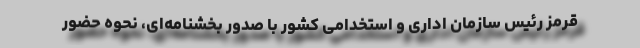
قرمز رئیس سازمان اداری و استخدامی کشور با صدور بخشنامه‌ای، نحوه حضور